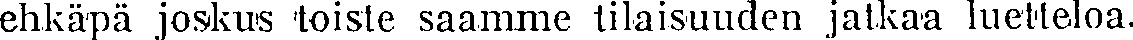
ehkäpä joskus toiste saamme tilaisuuden jatkaa luetteloa.